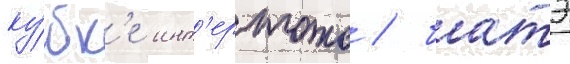
ку́бк'е инт'ертото / батэ